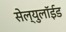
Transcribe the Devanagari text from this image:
सेल्युलॉईड